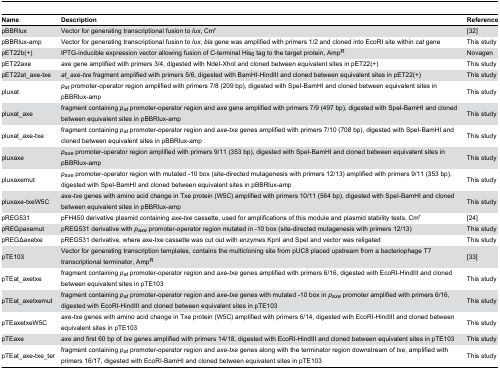
<table><thead><tr><td><b>Name</b></td><td><b>Description</b></td><td><b>Reference</b></td></tr></thead><tbody><tr><td>pBBRlux</td><td>Vector for generating transcriptional fusion to <i>lux</i>, Cm<sup>r</sup></td><td> [32]</td></tr><tr><td>pBBRlux-amp</td><td>Vector for generating transcriptional fusion to <i>lux, bla</i> gene was amplified with primers 1/2 and cloned into EcoRI site within <i>cat</i> gene</td><td>This study</td></tr><tr><td>pET22b(+)</td><td>IPTG-inducible expression vector allowing fusion of C-terminal His<sub>6</sub> tag to the target protein, Amp<sup>R</sup></td><td>Novagen</td></tr><tr><td>pET22axe</td><td><i>axe</i> gene amplified with primers 3/4, digested with NdeI-XhoI and cloned between equivalent sites in pET22(+)</td><td>This study</td></tr><tr><td>pET22at_axe-txe</td><td><i>at_axe-txe</i> fragment amplified with primers 5/6, digested with BamHI-HindIII and cloned between equivalent sites in pET22(+)</td><td>This study</td></tr><tr><td>pluxat</td><td><i>p</i><sub><i>at</i></sub> promoter-operator region amplified with primers 7/8 (209 bp), digested with SpeI-BamHI and cloned between equivalent sites in pBBRlux-amp</td><td>This study</td></tr><tr><td>pluxat_axe</td><td>fragment containing <i>p</i><sub><i>at</i></sub> promoter-operator region and <i>axe</i> gene amplified with primers 7/9 (497 bp), digested with SpeI-BamHI and cloned between equivalent sites in pBBRlux-amp</td><td>This study</td></tr><tr><td>pluxat_axe-txe</td><td>fragment containing <i>p</i><sub><i>at</i></sub> promoter-operator region and <i>axe-txe</i> genes amplified with primers 7/10 (708 bp), digested with SpeI-BamHI and cloned between equivalent sites in pBBRlux-amp</td><td>This study</td></tr><tr><td>pluxaxe</td><td><i>p</i><sub><i>axe</i></sub> promoter-operator region amplified with primers 9/11 (353 bp), digested with SpeI-BamHI and cloned between equivalent sites in pBBRlux-amp</td><td>This study</td></tr><tr><td>pluxaxemut</td><td><i>p</i><sub><i>axe</i></sub> promoter-operator region with mutated -10 box (site-directed mutagenesis with primers 12/13) amplified with primers 9/11 (353 bp), digested with SpeI-BamHI and cloned between equivalent sites in pBBRlux-amp</td><td>This study</td></tr><tr><td>pluxaxe-txeW5C</td><td><i>axe-txe</i> genes with amino acid change in Txe protein (W5C) amplified with primers 10/11 (564 bp), digested with SpeI-BamHI and cloned between equivalent sites in pBBRlux-amp</td><td>This study</td></tr><tr><td>pREG531</td><td>pFH450 derivative plasmid containing <i>axe-txe</i> cassette, used for amplifications of this module and plasmid stability tests, Cm<sup>r</sup></td><td> [24]</td></tr><tr><td>pREGpaxemut</td><td>pREG531 derivative with <i>p</i><sub><i>axe</i></sub> promoter-operator region mutated in -10 box (site-directed mutagenesis with primers 12/13)</td><td>This study</td></tr><tr><td>pREGΔaxetxe</td><td>pREG531 derivative, where axe-txe cassette was cut out with enzymes KpnI and SpeI and vector was religated</td><td>This study</td></tr><tr><td>pTE103</td><td>Vector for generating transcription templates, contains the multicloning site from pUC8 placed upstream from a bacteriophage T7 transcriptional terminator, Amp<sup>R</sup></td><td> [33]</td></tr><tr><td>pTEat_axetxe</td><td>fragment containing <i>p</i><sub><i>at</i></sub> promoter-operator region and <i>axe-txe</i> genes amplified with primers 6/16, digested with EcoRI-HindIII and cloned between equivalent sites in pTE103</td><td>This study</td></tr><tr><td>pTEat_axetxemut</td><td>fragment containing <i>p</i><sub><i>at</i></sub> promoter-operator region and <i>axe-txe</i> genes with mutated -10 box in <i>p</i><sub><i>axe</i></sub> promoter amplified with primers 6/16, digested with EcoRI-HindIII and cloned between equivalent sites in pTE103</td><td>This study</td></tr><tr><td>pTEaxetxeW5C</td><td><i>axe-txe</i> genes with amino acid change in Txe protein (W5C) amplified with primers 6/14, digested with EcoRI-HindIII and cloned between equivalent sites in pTE103</td><td>This study</td></tr><tr><td>pTEaxe</td><td><i>axe</i> and first 60 bp of <i>txe</i> genes amplified with primers 14/18, digested with EcoRI-HindIII and cloned between equivalent sites in pTE103</td><td>This study</td></tr><tr><td>pTEat_axe-txe_ter</td><td>fragment containing <i>p</i><sub><i>at</i></sub> promoter-operator region and <i>axe-txe</i> genes along with the terminator region downstream of <i>txe</i>, amplified with primers 16/17, digested with EcoRI-BamHI and cloned between equivalent sites in pTE103</td><td>This study</td></tr></tbody></table>